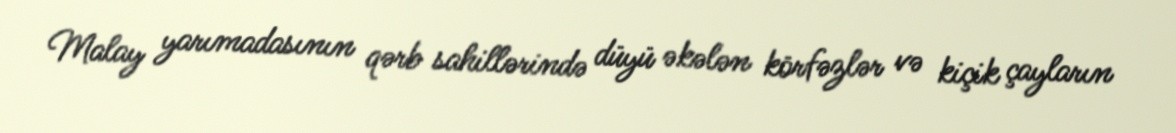
Malay yarımadasının qərb sahillərində düyü əkələn körfəzlər və kiçik çayların